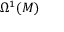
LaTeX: \Omega ^ { 1 } ( M )